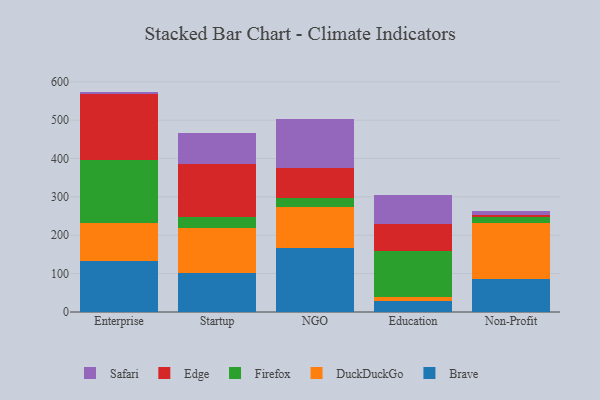
{"axis": {"x": "Segment", "y": "Customer Acquisition Cost (USD)"}, "legend": ["Brave", "DuckDuckGo", "Edge", "Firefox", "Safari"], "data": [{"x": "Enterprise", "y": 132.0, "type": "Brave"}, {"x": "Enterprise", "y": 99.7, "type": "DuckDuckGo"}, {"x": "Enterprise", "y": 164.1, "type": "Firefox"}, {"x": "Enterprise", "y": 171.6, "type": "Edge"}, {"x": "Enterprise", "y": 7.1, "type": "Safari"}, {"x": "Startup", "y": 101.7, "type": "Brave"}, {"x": "Startup", "y": 118.0, "type": "DuckDuckGo"}, {"x": "Startup", "y": 26.9, "type": "Firefox"}, {"x": "Startup", "y": 139.0, "type": "Edge"}, {"x": "Startup", "y": 82.0, "type": "Safari"}, {"x": "NGO", "y": 166.2, "type": "Brave"}, {"x": "NGO", "y": 107.4, "type": "DuckDuckGo"}, {"x": "NGO", "y": 22.6, "type": "Firefox"}, {"x": "NGO", "y": 78.0, "type": "Edge"}, {"x": "NGO", "y": 128.7, "type": "Safari"}, {"x": "Education", "y": 27.8, "type": "Brave"}, {"x": "Education", "y": 11.7, "type": "DuckDuckGo"}, {"x": "Education", "y": 119.8, "type": "Firefox"}, {"x": "Education", "y": 70.6, "type": "Edge"}, {"x": "Education", "y": 75.1, "type": "Safari"}, {"x": "Non-Profit", "y": 84.9, "type": "Brave"}, {"x": "Non-Profit", "y": 147.4, "type": "DuckDuckGo"}, {"x": "Non-Profit", "y": 15.3, "type": "Firefox"}, {"x": "Non-Profit", "y": 5.5, "type": "Edge"}, {"x": "Non-Profit", "y": 10.6, "type": "Safari"}]}